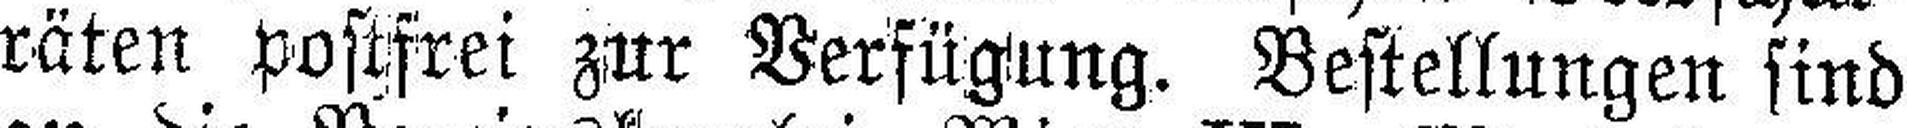
räten postfrei zur Verfügung. Bestellungen sind